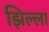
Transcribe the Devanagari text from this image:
झिल्ला